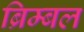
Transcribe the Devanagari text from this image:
ब्रिम्बल